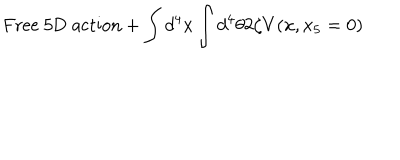
LaTeX: \mathrm { F r e e ~ 5 D ~ a c t i o n } + \int d ^ { 4 } x \int d ^ { 4 } \theta 2 \zeta V ( x , x _ { 5 } = 0 )